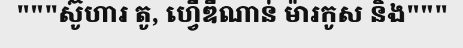
"""ស៊ូហារ តូ, ហ្វើឌីណាន់ ម៉ារកូស និង"""